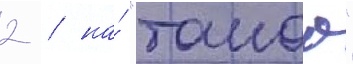
2 / на́ "такао"